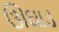
ઊઘાડ